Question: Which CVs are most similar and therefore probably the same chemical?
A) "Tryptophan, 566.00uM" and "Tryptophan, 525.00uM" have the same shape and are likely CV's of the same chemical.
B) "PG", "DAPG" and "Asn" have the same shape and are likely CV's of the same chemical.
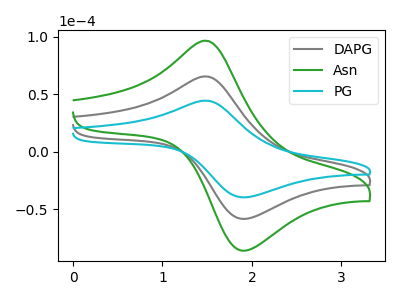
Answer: <think>The gray curve "DAPG" has an anodic peak at (1.50V, 65.35uA) and a cathodic peak at (1.95V, -58.10uA). The green curve "Asn" has an anodic peak at (1.50V, 130.75uA) and a cathodic peak at (1.95V, -116.20uA). The cyan curve "PG" has an anodic peak at (1.50V, 44.35uA) and a cathodic peak at (1.95V, -39.40uA).
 All the peaks in "DAPG" have a peak in "Asn" at the same potential. Every peak in "DAPG" is lower than every peak in "Asn". All the peaks in "DAPG" have a peak in "PG" at the same potential. Every peak in "DAPG" is higher than every peak in "PG". All the peaks in "Asn" have a peak in "PG" at the same potential. Every peak in "Asn" is higher than every peak in "PG".</think>
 <answer>B) "PG", "DAPG" and "Asn" have the same shape and are likely CV's of the same chemical.</answer>
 <eval>B</eval>